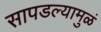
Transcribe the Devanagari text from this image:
सापडल्यामुळं